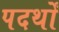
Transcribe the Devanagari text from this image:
पदर्थों